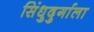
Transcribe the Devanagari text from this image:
सिंधुदुर्गाला